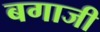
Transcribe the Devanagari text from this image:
बगाजी